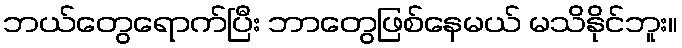
ဘယ်တွေရောက်ပြီး ဘာတွေဖြစ်နေမယ် မသိနိုင်ဘူး။